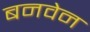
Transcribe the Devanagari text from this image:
बनवेन